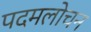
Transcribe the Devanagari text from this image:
पदमलोचन